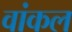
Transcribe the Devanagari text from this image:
वांकल